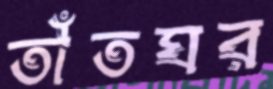
তাঁতঘর